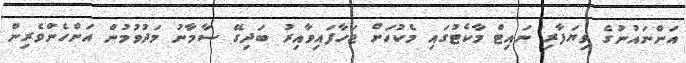
އަންނައުނުގެ ވިޔަފާރި ނައިޓް މާކެޓުގައި މެކުހަށް ޖަހާފައިވާއިރު ބަދިގޭ ސާމާނު މަދުވުމުން އަންހެންވެރިން